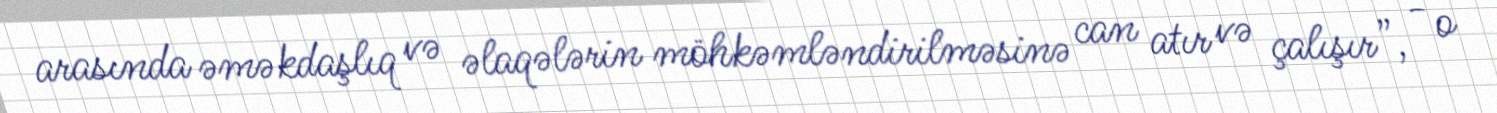
arasında əməkdaşlıq və əlaqələrin möhkəmləndirilməsinə can atır və çalışır”, - o